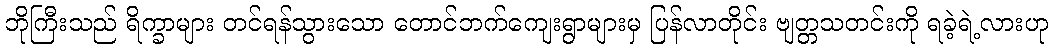
ဘိုကြီးသည် ရိက္ခာများ တင်ရန်သွားသော တောင်ဘက်ကျေးရွာများမှ ပြန်လာတိုင်း ဗျတ္တသတင်းကို ရခဲ့ရဲ့လားဟု